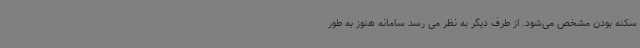
سکنه بودن مشخص می‌شود. از طرف دیگر به نظر می رسد سامانه هنوز به طور